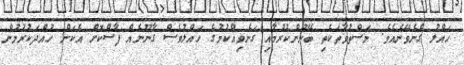
ހައްލު ގެނެވޭނެއެވެ. މަސްތުވާތަކެތި ބޭނުންކުރުމާއި ގަނެވިއްކުމުގެ ހައްލުވެސް ގާނޫނެއް ފާސްކޮށް އެކަން ހުއްދަކުރުމުން